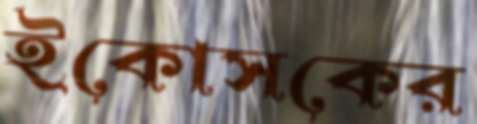
ইকোসকের